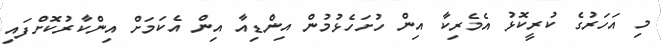
މި އަހަރުގެ ކުރީކޮޅު އެމެރިކާ އިން ހުށަހެޅުމުން އިންޑިއާ އިން އެކަމަށް އިންކާރުކޮށްފައި